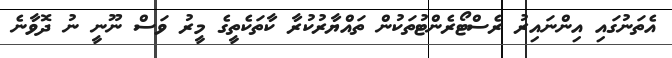
އެތަނުގައި އިންނައިރު ރެސްޓޯރެންޓުތަކުން ތައްޔާރުކުރާ ކާތަކެތީގެ މީރު ވަސް ނޫނީ ނު ދޮވާނެ